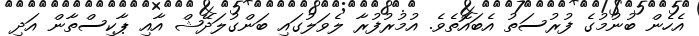
އެހެން ބުނުމުގެ ފުރުސަތު އެބައޮތެވެ. އުމުރުފުރާ ލެވަލުގައި ބަންގުލަދޭޝް އާއި ޕާކިސްތާން އަދި